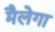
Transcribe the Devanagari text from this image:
मैलेगा